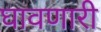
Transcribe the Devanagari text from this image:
घावणारी